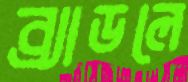
ব্র্যাডলে